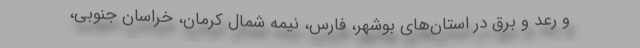
و رعد و برق در استان‌های بوشهر، فارس، نیمه شمال کرمان، خراسان جنوبی،